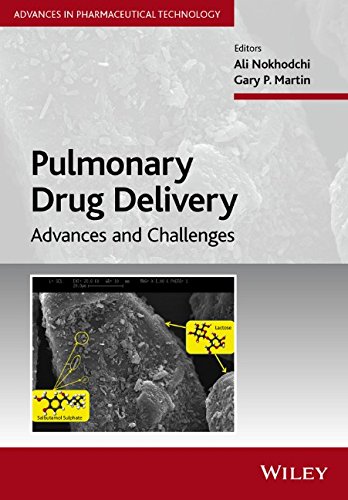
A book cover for Pulmonary Drug Delivery: Advances and Challenges (Advances in Pharmaceutical Technology); Medical Books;